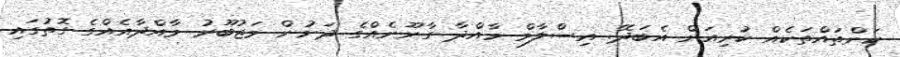
ކަންތައްތަކެއް ކުރިއަށް އެބަދޭ. އިސްލާމް މާއްދާ ގާނޫނެއްގެ ދަށުން މަޖުބޫރު މާއްދާއެއްގެ ގޮތުގައި